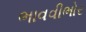
ભાવવીભોર